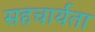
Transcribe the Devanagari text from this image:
सहचार्यता